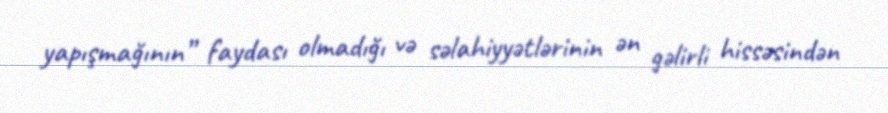
yapışmağının” faydası olmadığı və səlahiyyətlərinin ən gəlirli hissəsindən